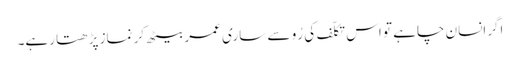
اگرانسان چاہے تو اس تکلّف کی رُو سے ساری عمر بیٹھ کر نماز پڑھتا رہے۔